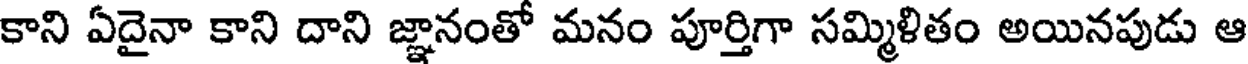
కాని ఏదైనా కాని దాని జ్ఞానంతో మనం పూర్తిగా సమ్మిళితం అయినపుడు ఆ